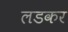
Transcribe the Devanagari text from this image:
लडकर